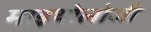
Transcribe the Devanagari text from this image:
माइथोलोजी